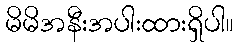
မိမိအနီးအပါးထားရှိပါ။